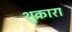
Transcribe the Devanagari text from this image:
शुक्रारा